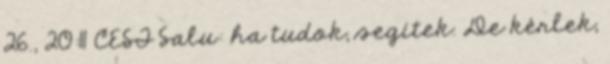
26., 20:11 CEST Salu: ha tudok, segítek. De kérlek,